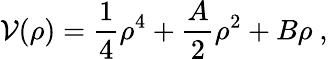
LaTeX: {\cal V}(\rho)={\frac{1}{4}}\rho^{4}+{\frac{A}{2}}\rho^{2}+B\rho\ ,